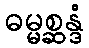
ဓမ္မစ္ဆန္ဒံ